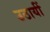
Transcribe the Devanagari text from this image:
उठायीं